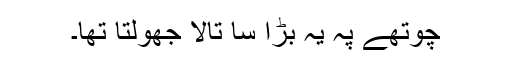
چوتھے پہ یہ بڑا سا تالا جھولتا تھا۔